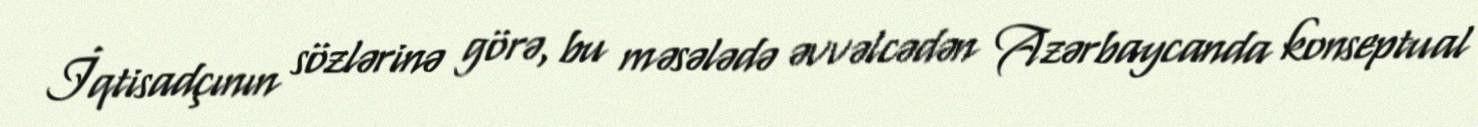
İqtisadçının sözlərinə görə, bu məsələdə əvvəlcədən Azərbaycanda konseptual